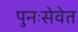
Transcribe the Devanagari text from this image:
पुनःसेवेत